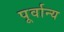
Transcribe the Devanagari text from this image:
पूर्वान्य